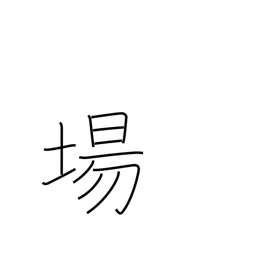
Meaning: location